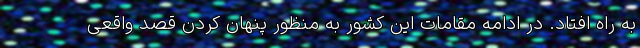
به راه افتاد. در ادامه مقامات این کشور به منظور پنهان کردن قصد واقعی